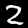
Digit: 2